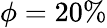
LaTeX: \phi=20\%